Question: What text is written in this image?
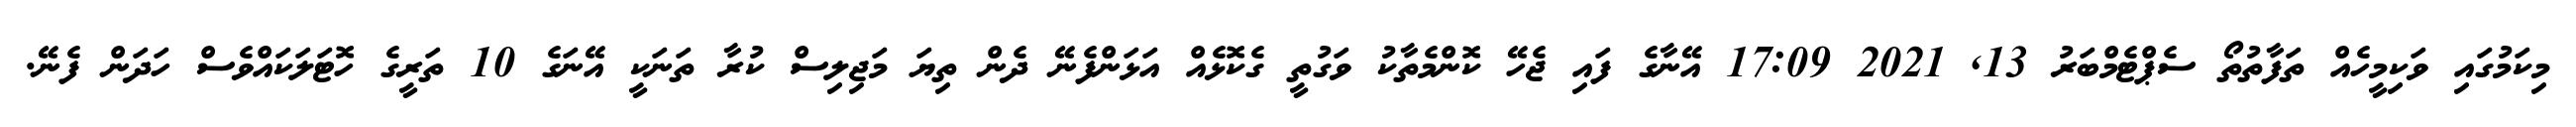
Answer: މިކަމުގައި ވަކިމީހެއް ތަފާތުތޯ ސެޕްޓެމްބަރު 13, 2021 17:09 އޭނާގެ ފައި ޖެހޭ ކޮންމެތާކު ވަގުތީ ގެކޮޅެއް އަޅަންފެނޭ ދެން ތިޔަ މަޖިލިސް ކުރާ ތަނަކީ އޭނަގެ 10 ތަރީގެ ހޮޓަލަކައްވެސް ހަދަން ފެނޭ.